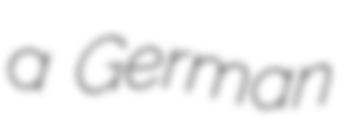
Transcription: a German